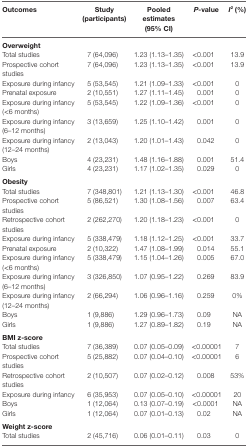
<table><thead><tr><td><b>Outcomes</b></td><td><b>Study (participants)</b></td><td><b>Pooled estimates (95% CI)</b></td><td><b><i>P</i>-value</b></td><td><b><i>I</i><sup>2</sup> (%)</b></td></tr></thead><tbody><tr><td colspan="5"><b>Overweight</b></td></tr><tr><td>Total studies</td><td>7 (64,096)</td><td>1.23 (1.13–1.35)</td><td>&lt;0.001</td><td>13.9</td></tr><tr><td>Prospective cohort studies</td><td>7 (64,096)</td><td>1.23 (1.13–1.35)</td><td>&lt;0.001</td><td>13.9</td></tr><tr><td>Exposure during infancy</td><td>5 (53,545)</td><td>1.21 (1.09–1.33)</td><td>&lt;0.001</td><td>0</td></tr><tr><td>Prenatal exposure</td><td>2 (10,551)</td><td>1.27 (1.11–1.45)</td><td>0.001</td><td>0</td></tr><tr><td>Exposure during infancy (&lt;6 months)</td><td>5 (53,545)</td><td>1.22 (1.09–1.36)</td><td>&lt;0.001</td><td>0</td></tr><tr><td>Exposure during infancy (6–12 months)</td><td>3 (13,659)</td><td>1.25 (1.10–1.42)</td><td>0.001</td><td>0</td></tr><tr><td>Exposure during infancy (12–24 months)</td><td>2 (13,043)</td><td>1.20 (1.01–1.43)</td><td>0.042</td><td>0</td></tr><tr><td>Boys</td><td>4 (23,231)</td><td>1.48 (1.16–1.88)</td><td>0.001</td><td>51.4</td></tr><tr><td>Girls</td><td>4 (23,231)</td><td>1.17 (1.02–1.35)</td><td>0.029</td><td>0</td></tr><tr><td colspan="5"><b>Obesity</b></td></tr><tr><td>Total studies</td><td>7 (348,801)</td><td>1.21 (1.13–1.30)</td><td>&lt;0.001</td><td>46.8</td></tr><tr><td>Prospective cohort studies</td><td>5 (86,521)</td><td>1.30 (1.08–1.56)</td><td>0.007</td><td>63.4</td></tr><tr><td>Retrospective cohort studies</td><td>2 (262,270)</td><td>1.20 (1.18–1.23)</td><td>&lt;0.001</td><td>0</td></tr><tr><td>Exposure during infancy</td><td>5 (338,479)</td><td>1.18 (1.12–1.25)</td><td>&lt;0.001</td><td>33.7</td></tr><tr><td>Prenatal exposure</td><td>2 (10,322)</td><td>1.47 (1.08–1.99)</td><td>0.014</td><td>55.1</td></tr><tr><td>Exposure during infancy (&lt;6 months)</td><td>5 (338,479)</td><td>1.15 (1.04–1.26)</td><td>0.005</td><td>67.0</td></tr><tr><td>Exposure during infancy (6–12 months)</td><td>3 (326,850)</td><td>1.07 (0.95–1.22)</td><td>0.269</td><td>83.9</td></tr><tr><td>Exposure during infancy (12–24 months)</td><td>2 (66,294)</td><td>1.06 (0.96–1.16)</td><td>0.259</td><td>0%</td></tr><tr><td>Boys</td><td>1 (9,886)</td><td>1.29 (0.96–1.73)</td><td>0.09</td><td>NA</td></tr><tr><td>Girls</td><td>1 (9,886)</td><td>1.27 (0.89–1.82)</td><td>0.19</td><td>NA</td></tr><tr><td colspan="5"><b>BMI <i>z</i>-score</b></td></tr><tr><td>Total studies</td><td>7 (36,389)</td><td>0.07 (0.05–0.09)</td><td>&lt;0.00001</td><td>7</td></tr><tr><td>Prospective cohort studies</td><td>5 (25,882)</td><td>0.07 (0.04–0.10)</td><td>&lt;0.00001</td><td>6</td></tr><tr><td>Retrospective cohort studies</td><td>2 (10,507)</td><td>0.07 (0.02–0.12)</td><td>0.008</td><td>53%</td></tr><tr><td>Exposure during infancy</td><td>6 (35,953)</td><td>0.07 (0.05–0.10)</td><td>&lt;0.00001</td><td>20</td></tr><tr><td>Boys</td><td>1 (12,064)</td><td>0.13 (0.07–0.19)</td><td>&lt;0.0001</td><td>NA</td></tr><tr><td>Girls</td><td>1 (12,064)</td><td>0.07 (0.01–0.13)</td><td>0.02</td><td>NA</td></tr><tr><td colspan="5"><b>Weight <i>z</i>-score</b></td></tr><tr><td>Total studies</td><td>2 (45,716)</td><td>0.06 (0.01–0.11)</td><td>0.03</td><td>0</td></tr></tbody></table>